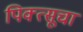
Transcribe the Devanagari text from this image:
पिक्त्सूचा